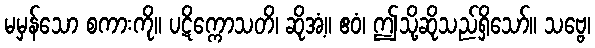
မမှန်သော စကားကို။ ပဋိက္ကောသတိ၊ ဆိုအံ့။ ဧဝံ၊ ဤသို့ဆိုသည်ရှိသော်။ သဗ္ဗေ၊